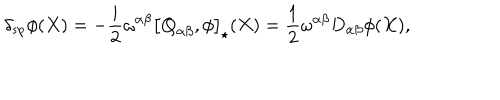
\delta _ { \mathrm { s p } } \phi ( X ) = - \frac { i } { 2 } \omega ^ { \alpha \beta } \left[ \mathbf { Q } _ { \alpha \beta } , \phi \right] _ { \star } ( X ) = \frac { 1 } { 2 } \omega ^ { \alpha \beta } D _ { \alpha \beta } \phi ( X ) ,